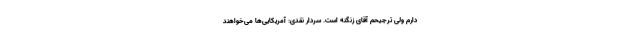
دارم ولی ترجیحم آقای زنگنه است. سردار نقدی: آمریکایی‌ها می‌خواهند